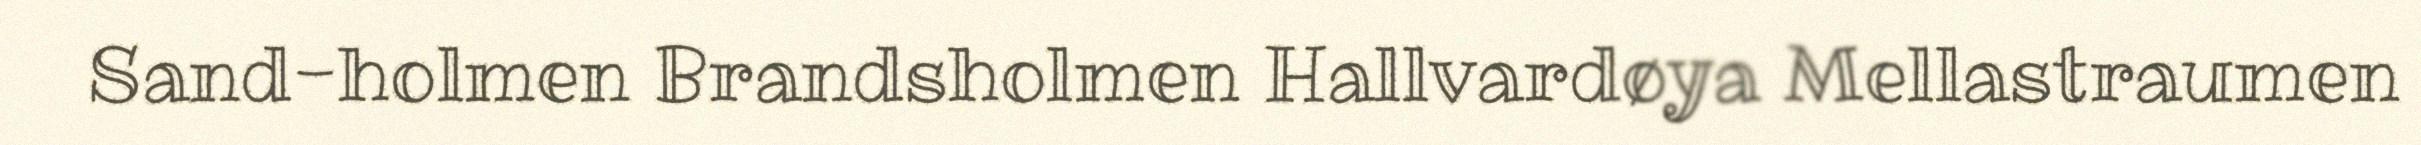
Sand-holmen Brandsholmen Hallvardøya Mellastraumen